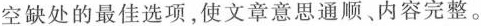
空缺处的最佳选项,使文章意思通顺.内容完整.